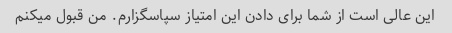
این عالی است از شما برای دادن این امتیاز سپاسگزارم. من قبول میکنم